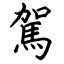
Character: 駕